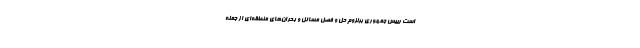
است رییس جمهوری برلزوم حل و فصل مسائل و بحران‌های منطقه‌ای از جمله